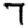
Digit: 7